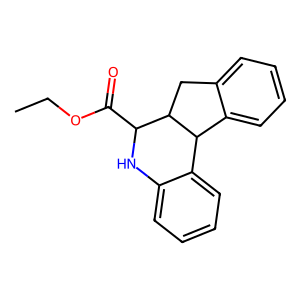
SMILES: CCOC(=O)C1Nc2ccccc2C2c3ccccc3CC12
Inhibits HIV replication: No